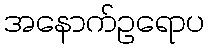
အနောက်ဥရောပ